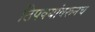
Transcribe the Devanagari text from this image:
ठिपक्यांवरूनच